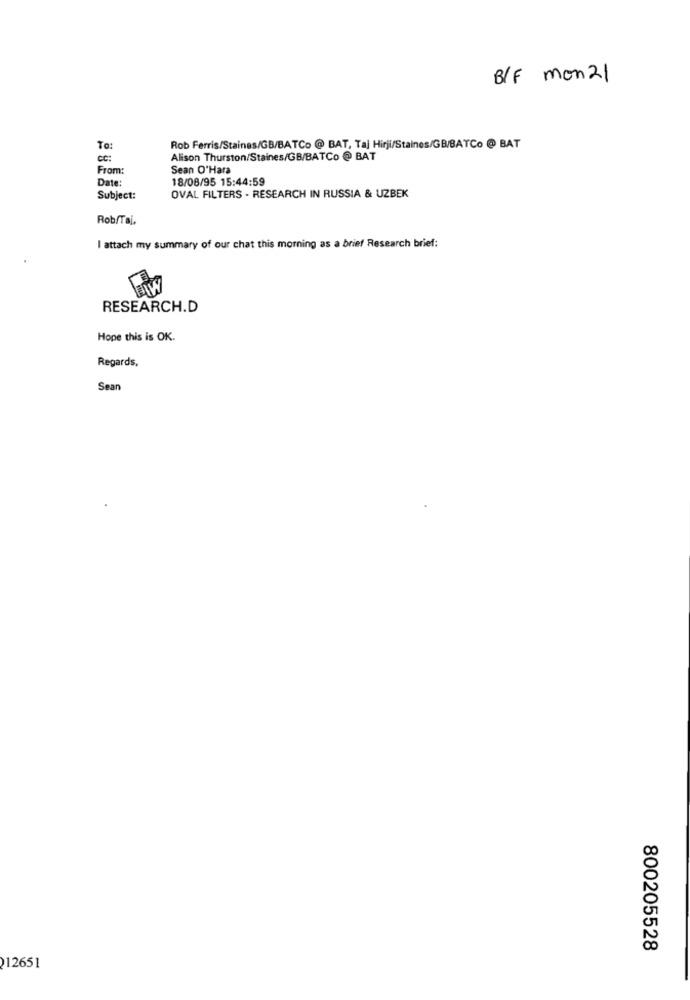
B/F mon 21
To:
Rob Ferris/Staines/GB/BATCo @ BAT, Taj Hirji/Staines/GB/BATCo @ BAT
cc:
Alison Thurston/Staines/GB/BATCo @ BAT
From:
Sean O'Hara
Date:
18/08/95 15:44:59
Subject:
OVAL FILTERS - RESEARCH IN RUSSIA & UZBEK
Rob/Tai.
I attach my summary of our chat this morning as a brief Research brief:
RESEARCH.D
Hope this is OK.
Regards,
Sean
800205528
212651